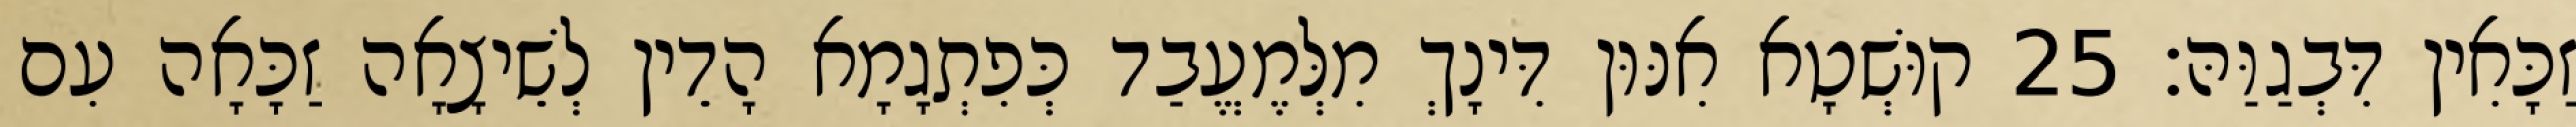
זַכָּאִין דִּבְגַוַּהּ׃ 25 קוּשְׁטָא אִנּוּן דִּינָךְ מִלְּמֶעֱבַד כְּפִתְגָמָא הָדֵין לְשֵׁיצָאָה זַכָּאָה עִם